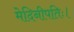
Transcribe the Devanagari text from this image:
मेदिनीपतिः।